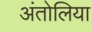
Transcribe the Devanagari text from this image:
अंतोलिया